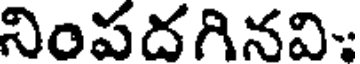
నింపదగినవి: